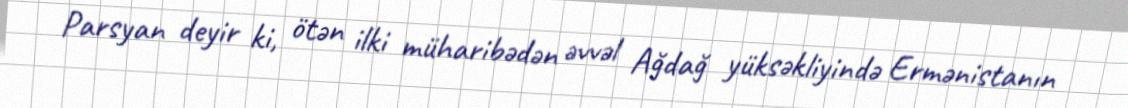
Parsyan deyir ki, ötən ilki müharibədən əvvəl Ağdağ yüksəkliyində Ermənistanın